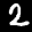
Label: 2